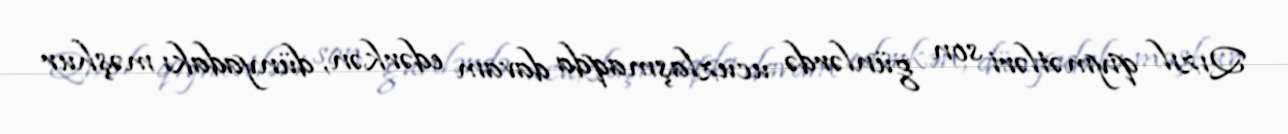
Qızıl qiymətləri son günlərdə ucuzlaşmaqda davam edərkən, dünyadakı məşhur